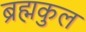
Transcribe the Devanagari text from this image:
ब्रह्मकुल